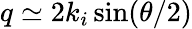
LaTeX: q\simeq 2k_{i}\sin(\theta/2)